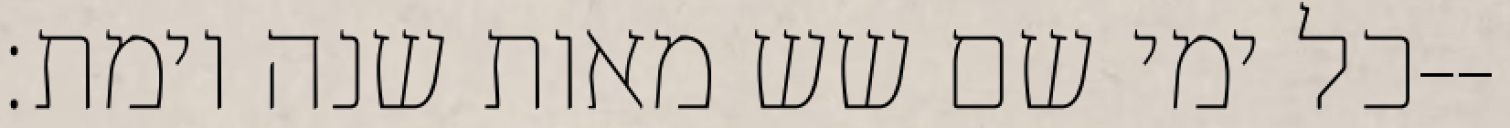
כל ימי שם שש מאות שנה וימת׃--